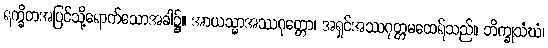
ရက္ခိတအပြင်သို့ရောက်သောအခါ၌။ အာယသ္မာအဿဂုတ္တော၊ အရှင်အဿဂုတ္တမထေရ်သည်။ ဘိက္ခုသံဃံ၊